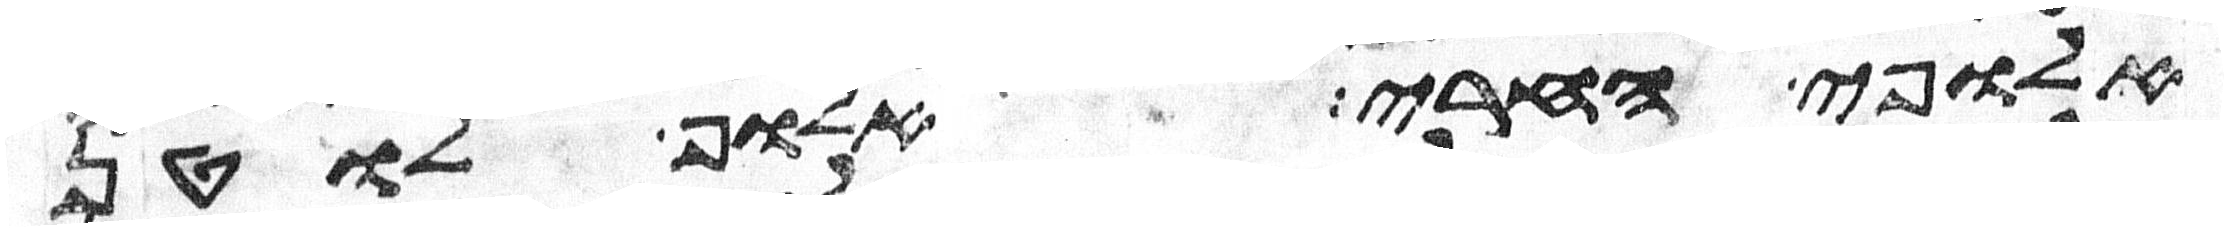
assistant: אלופי החרי אלוף לוטן